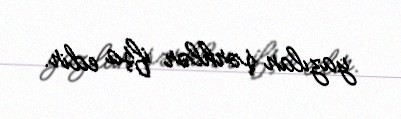
yazılan şərhlər ifşa edir.